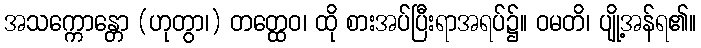
အသက္ကောန္တော (ဟုတွာ၊) တတ္ထေဝ၊ ထို စားအပ်ပြီးရာအရပ်၌။ ဝမတိ၊ ပျို့အန်ရ၏။